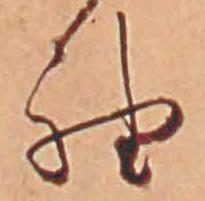
袖